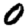
Digit: 0